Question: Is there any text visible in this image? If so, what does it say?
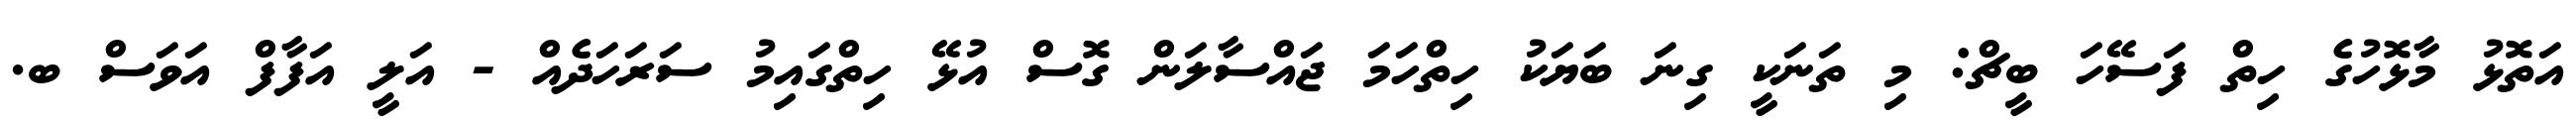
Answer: އަތޮޅު މާޅޮހުގެ ހިތް ފަސޭހަ ބީޗް: މި ތަނަކީ ގިނަ ބަޔަކު ހިތްހަމަ ޖައްސާލަން ގޮސް އުޅޭ ހިތްގައިމު ސަރަހަދެއް - އަލީ އަފާފް އަވަސް ބ.